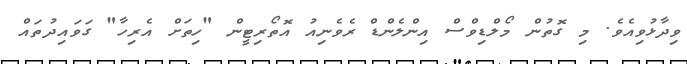
ވިދާޅުވިއެވެ. މި ގޮތުން މޯލްޑިވްސް އިންލެންޑް ރެވެނިއު އޮތޯރިޓީން "ހިތަށް އެރިހާ" ގަވައިދުތައް